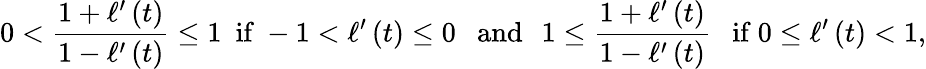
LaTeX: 0<\frac{1+\ell^{\prime}\left(t\right)}{1-\ell^{\prime}\left(t\right)}\leq 1\mathrm{~\ if~}-1<\ell^{\prime}\left(t\right)\leq 0\ \ \ \mathrm{and~\, ~}1\leq\frac{1+\ell^{\prime}\left(t\right)}{1-\ell^{\prime}\left(t\right)}\ \mathrm{~\ if~}0\leq\ell^{\prime}\left(t\right)<1,